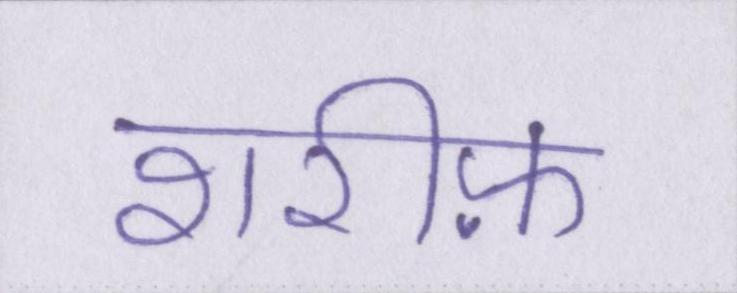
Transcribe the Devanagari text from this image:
शरीफ़